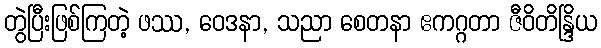
တွဲပြီးဖြစ်ကြတဲ့ ဖဿ, ဝေဒနာ, သညာ စေတနာ ဧကဂ္ဂတာ ဇီဝိတိန္ဒြိယ